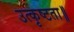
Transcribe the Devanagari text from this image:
उत्कृष्टता॥